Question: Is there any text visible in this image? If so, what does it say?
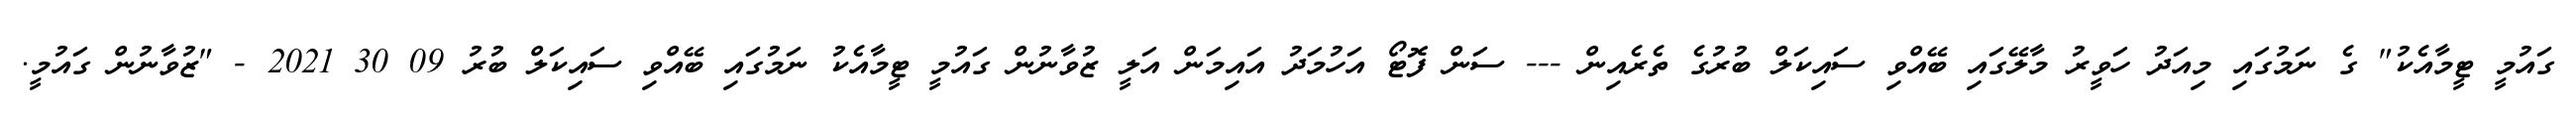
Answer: ގައުމީ ޓީމާއެކު" ގެ ނަމުގައި މިއަދު ހަވީރު މާލޭގައި ބޭއްވި ސައިކަލް ބުރުގެ ތެރެއިން --- ސަން ފޮޓޯ އަހުމަދު އައިމަން އަލީ ޒުވާނުން ގައުމީ ޓީމާއެކު ނަމުގައި ބޭއްވި ސައިކަލް ބުރު 09 30 2021 - "ޒުވާނުން ގައުމީ.